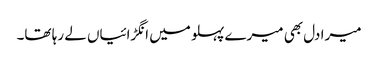
میرا دل بھی میرے پہلو میں انگڑائیاں لے رہا تھا۔